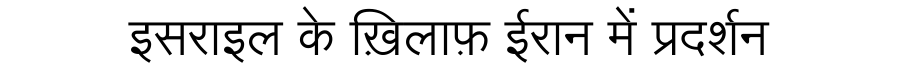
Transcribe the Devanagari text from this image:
इसराइल के ख़िलाफ़ ईरान में प्रदर्शन